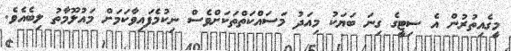
މީގެއިތުރުން އެ ސިޓީގެ ގިނަ ބަޔަކު މިއަދު މަސައްކަތްތަކަށްވެސް ނިކުމެފައިވާކަމަށް މައުލޫމާތު ލިބެއެވެ.